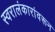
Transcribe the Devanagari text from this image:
स्वरालंकारांवरून